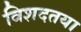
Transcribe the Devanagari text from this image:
विशदतया